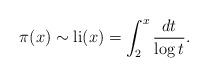
LaTeX: \begin{align*}\pi(x) \sim \textrm{li}(x) = \int_{2}^{x} \frac{dt}{\log t}.\end{align*}